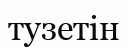
тузетін